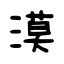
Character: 漠